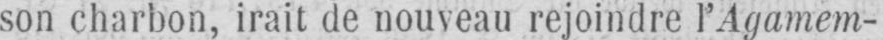
son charbon, irait de nouveau rejoindre l’Agamem-